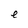
Character: e